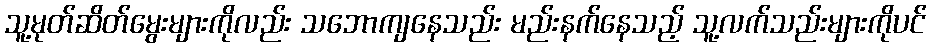
သူ့မုတ်ဆိတ်မွေးများကိုလည်း သဘောကျနေသည်း မည်းနက်နေသည့် သူ့လက်သည်းများကိုပင်